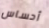
أحساس